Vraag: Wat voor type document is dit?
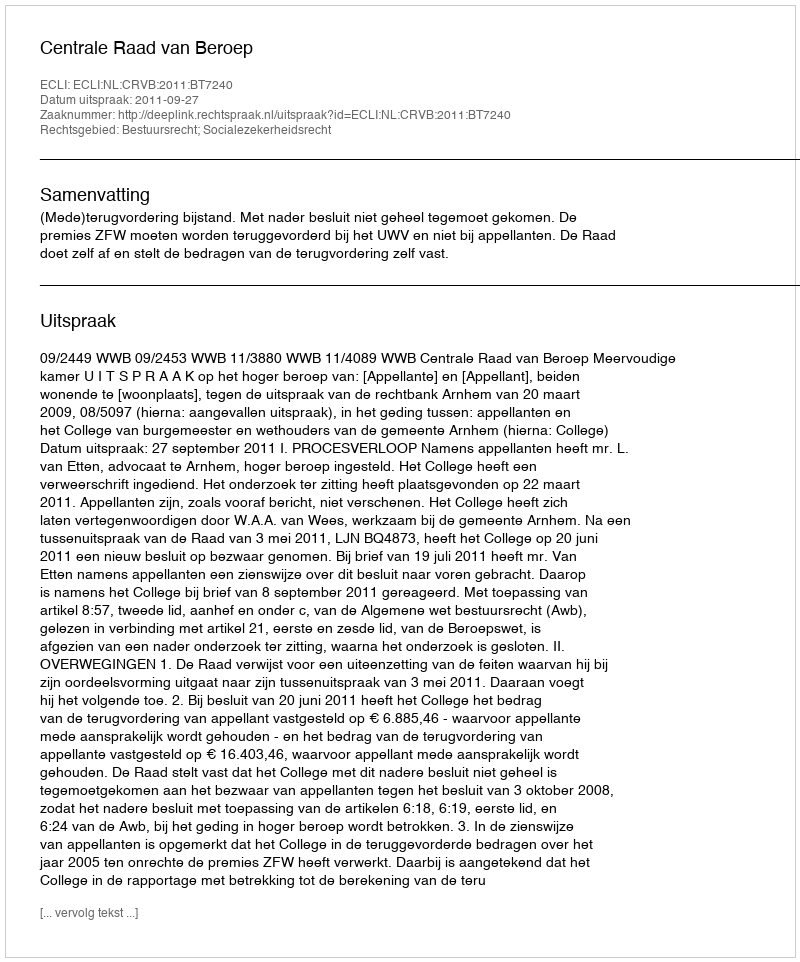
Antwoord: Uitspraak